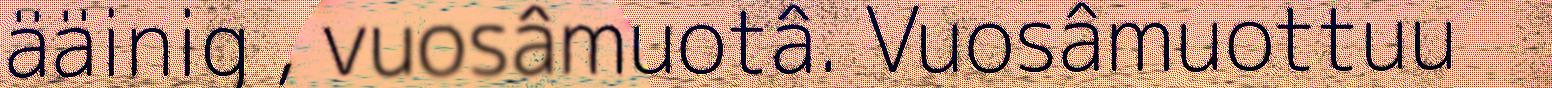
ääinig , vuosâmuotâ. Vuosâmuottuu